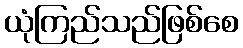
ယုံကြည်သည်ဖြစ်စေ